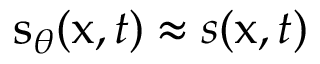
\mathbf { \boldsymbol { s } } _ { \theta } ( \mathbf { \boldsymbol { x } } , t ) \approx s ( \mathbf { \boldsymbol { x } } , t )